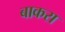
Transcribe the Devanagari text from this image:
बाकरा